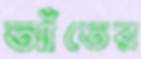
আঁতের